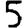
Digit: 5